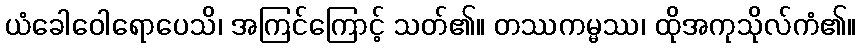
ယံခေါဝေါရောပေသိ၊ အကြင်ကြောင့် သတ်၏။ တဿကမ္မဿ၊ ထိုအကုသိုလ်ကံ၏။